Annual administration report of the Civil Veterinary Department of India - 1910-1911
Year: 1910
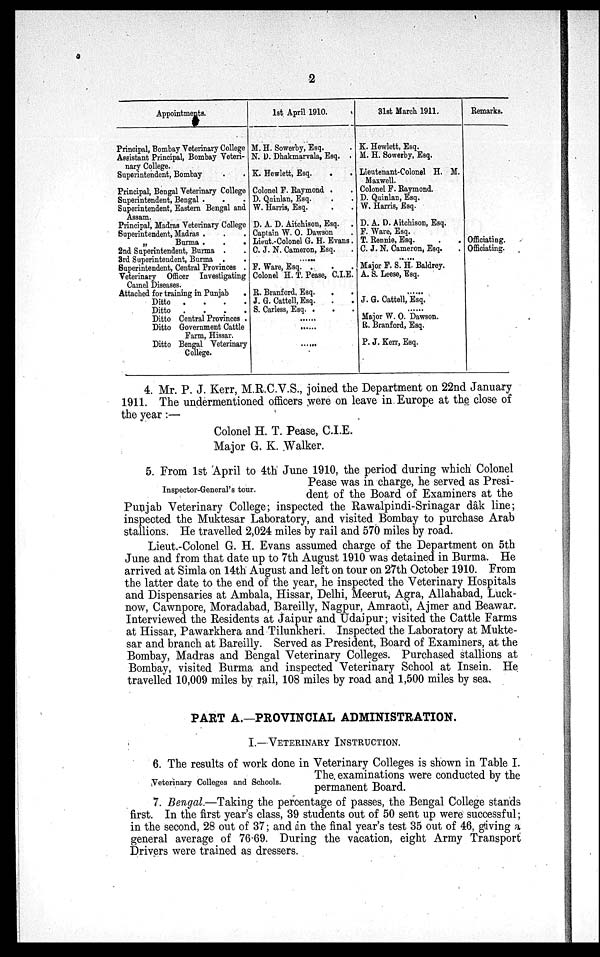
2
Appointments.
Principal, Bombay Veterinary College
Assistant Principal, Bombay Veteri-
nary College.
Superintendent, Bombay . .
Principal, Bengal Veterinary College
Superintendent, Bengal . . .
Superintendent, Eastern Bengal and
Assam.
Principal, Madras Veterinary College
Superintendent, Madras . . .
„
Burma .
.
.
2nd Superintendent, Burma . .
3rd Superintendent, Burma . .
Superintendent, Central Provinces .
Veterinary Officer Investigating
Camel Diseases.
Attached for training in Punjab
.
Ditto
.
.
.
.
Ditto
.
.
.
.
Ditto Central Provinces .
Ditto Government Cattle
Farm, Hissar.
Ditto Bengal Veterinary
College.
1st April 1910.
M. H. Sowerby, Esq. .
N. D. Dhakmarvala, Esq. .
K. Hewlett, Esq. . .
Colonel F. Raymond . .
D. Quinlan, Esq. . .
W. Harris, Esq.
D. A. D. Aitchison, Esq.
Captain W. O. Dawson .
Lieut.-Colonel G. H. Evans .
C. J. N. Cameron, Esq. .
......
F. Ware, Esq. . . .
Colonel H. T. Pease, C.I.E.
R. Branford, Esq. . .
J. G. Cattell, Esq. . .
S. Carless, Esq. . . .
......
......
......
31st March 1911.
K. Hewlett, Esq.
M. H. Sowerby, Esq.
Lieutenant-Colonel H. M.
Maxwell.
Colonel F. Raymond.
D. Quinlan, Esq.
W. Harris, Esq.
D. A. D. Aitchison, Esq.
P. Ware, Esq.
T. Rennie, Esq. . .
C. J. N. Cameron, Esq.
......
Major F. S. H. Baldrey.
A. S. Leese, Esq.
......
J. G. Cattell, Esq.
......
Major W. O. Dawson.
R. Branford, Esq.
P. J. Kerr, Esq.
Remarks.
Officiating.
Officiating.
4. Mr. P. J. Kerr, M.R.C.V.S., joined the Department on 22nd January
1911. The undermentioned officers were on leave in Europe at the close of
the year :—
Colonel H. T. Pease, C.I.E.
Major G. K. Walker.
Inspector-General's tour.
5. From 1st April to 4th June 1910, the period during which Colonel
Pease was in charge, he served as Presi-
dent of the Board of Examiners at the
Punjab Veterinary College; inspected the Rawalpindi-Srinagar dâk line;
inspected the Muktesar Laboratory, and visited Bombay to purchase Arab
stallions. He travelled 2,024 miles by rail and 570 miles by road.
Lieut.-Colonel G. H. Evans assumed charge of the Department on 5th
June and from that date up to 7th August 1910 was detained in Burma. He
arrived at Simla on 14th August and left on tour on 27th October 1910. From
the latter date to the end of the year, he inspected the Veterinary Hospitals
and Dispensaries at Ambala, Hissar, Delhi, Meerut, Agra, Allahabad, Luck-
now, Cawnpore, Moradabad, Bareilly, Nagpur, Amraoti, Ajmer and Beawar.
Interviewed the Residents at Jaipur and Udaipur; visited the Cattle Farms
at Hissar, Pawarkhera and Tilunkheri. Inspected the Laboratory at Mukte-
sar and branch at Bareilly. Served as President, Board of Examiners, at the
Bombay, Madras and Bengal Veterinary Colleges. Purchased stallions at
Bombay, visited Burma and inspected Veterinary School at Insein. He
travelled 10,009 miles by rail, 108 miles by road and 1,500 miles by sea.
PART A.—PROVINCIAL ADMINISTRATION.
I.—VETERINARY INSTRUCTION.
6. The results of work done in Veterinary Colleges is shown in Table I.
The examinations were conducted by the
permanent Board.
7. Bengal.—Taking the percentage of passes, the Bengal College stands
first. In the first year's class, 39 students out of 50 sent up were successful;
in the second, 28 out of 37 ; and in the final year's test 35 out of 46, giving a
general average of 76.69. During the vacation, eight Army Transport
Drivers were trained as dressers.
Veterinary Colleges and Schools.